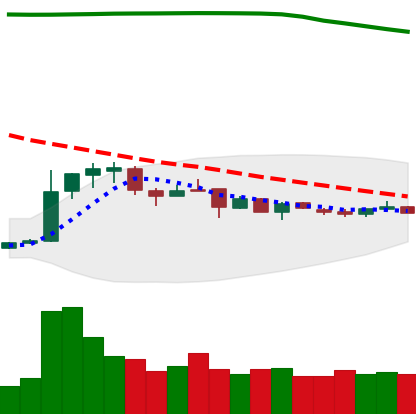
Ticker: DOGE-USD
Chart end date: 2019-01-03
Forward return: -3.559%
Label: down_3_5